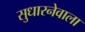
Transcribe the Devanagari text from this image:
सुधारनेवाला